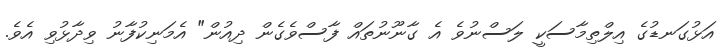
އަޅުގަނޑުގެ އިލްތިމާސަކީ ލަސްނުވެ އެ ގާނޫނުތައް ފާސްވެގެން ދިއުން" އެމަނިކުފާނު ވިދާޅުވި އެވެ.